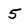
Character: 5